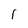
Character: 1